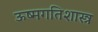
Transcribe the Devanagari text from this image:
ऊष्मगतिशास्त्र